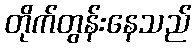
တိုက်တွန်းနေသည်